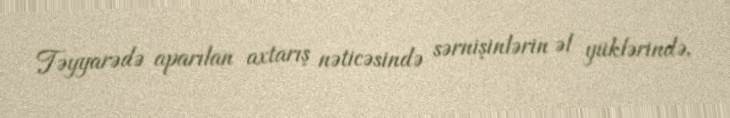
Təyyarədə aparılan axtarış nəticəsində sərnişinlərin əl yüklərində,